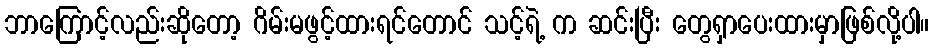
ဘာကြောင့်လည်းဆိုတော့ ဂိမ်းမဖွင့်ထားရင်တောင် သင့်ရဲ့ က ဆင်းပြီး တွေရှာပေးထားမှာဖြစ်လို့ပါ။